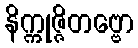
နိက္ကုဇ္ဇိတဗ္ဗော